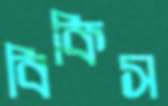
বিকিস